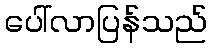
ပေါ်လာပြန်သည်